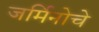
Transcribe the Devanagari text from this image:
जर्मिनोचे